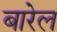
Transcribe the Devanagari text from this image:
बारेल